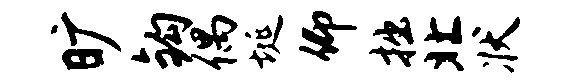
旷钩偶埏仰拙北状